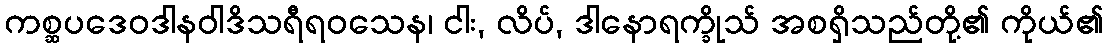
ကစ္ဆပဒေဝဒါနဝါဒိသရီရဝသေန၊ ငါး, လိပ်, ဒါနောရက္ခိုသ် အစရှိသည်တို့၏ ကိုယ်၏